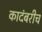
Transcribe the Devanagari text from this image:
कादंबरीच